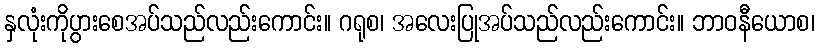
နှလုံးကိုပွားစေအပ်သည်လည်းကောင်း။ ဂရုစ၊ အလေးပြုအပ်သည်လည်းကောင်း။ ဘာဝနီယောစ၊